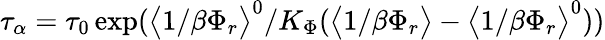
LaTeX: \tau_{\alpha}=\tau_{0}\exp(\big<1/\beta\Phi_{r}\big>^{0}/K_{\Phi}(\big<1/\beta\Phi_{r}\big>-\big<1/\beta\Phi_{r}\big>^{0}))